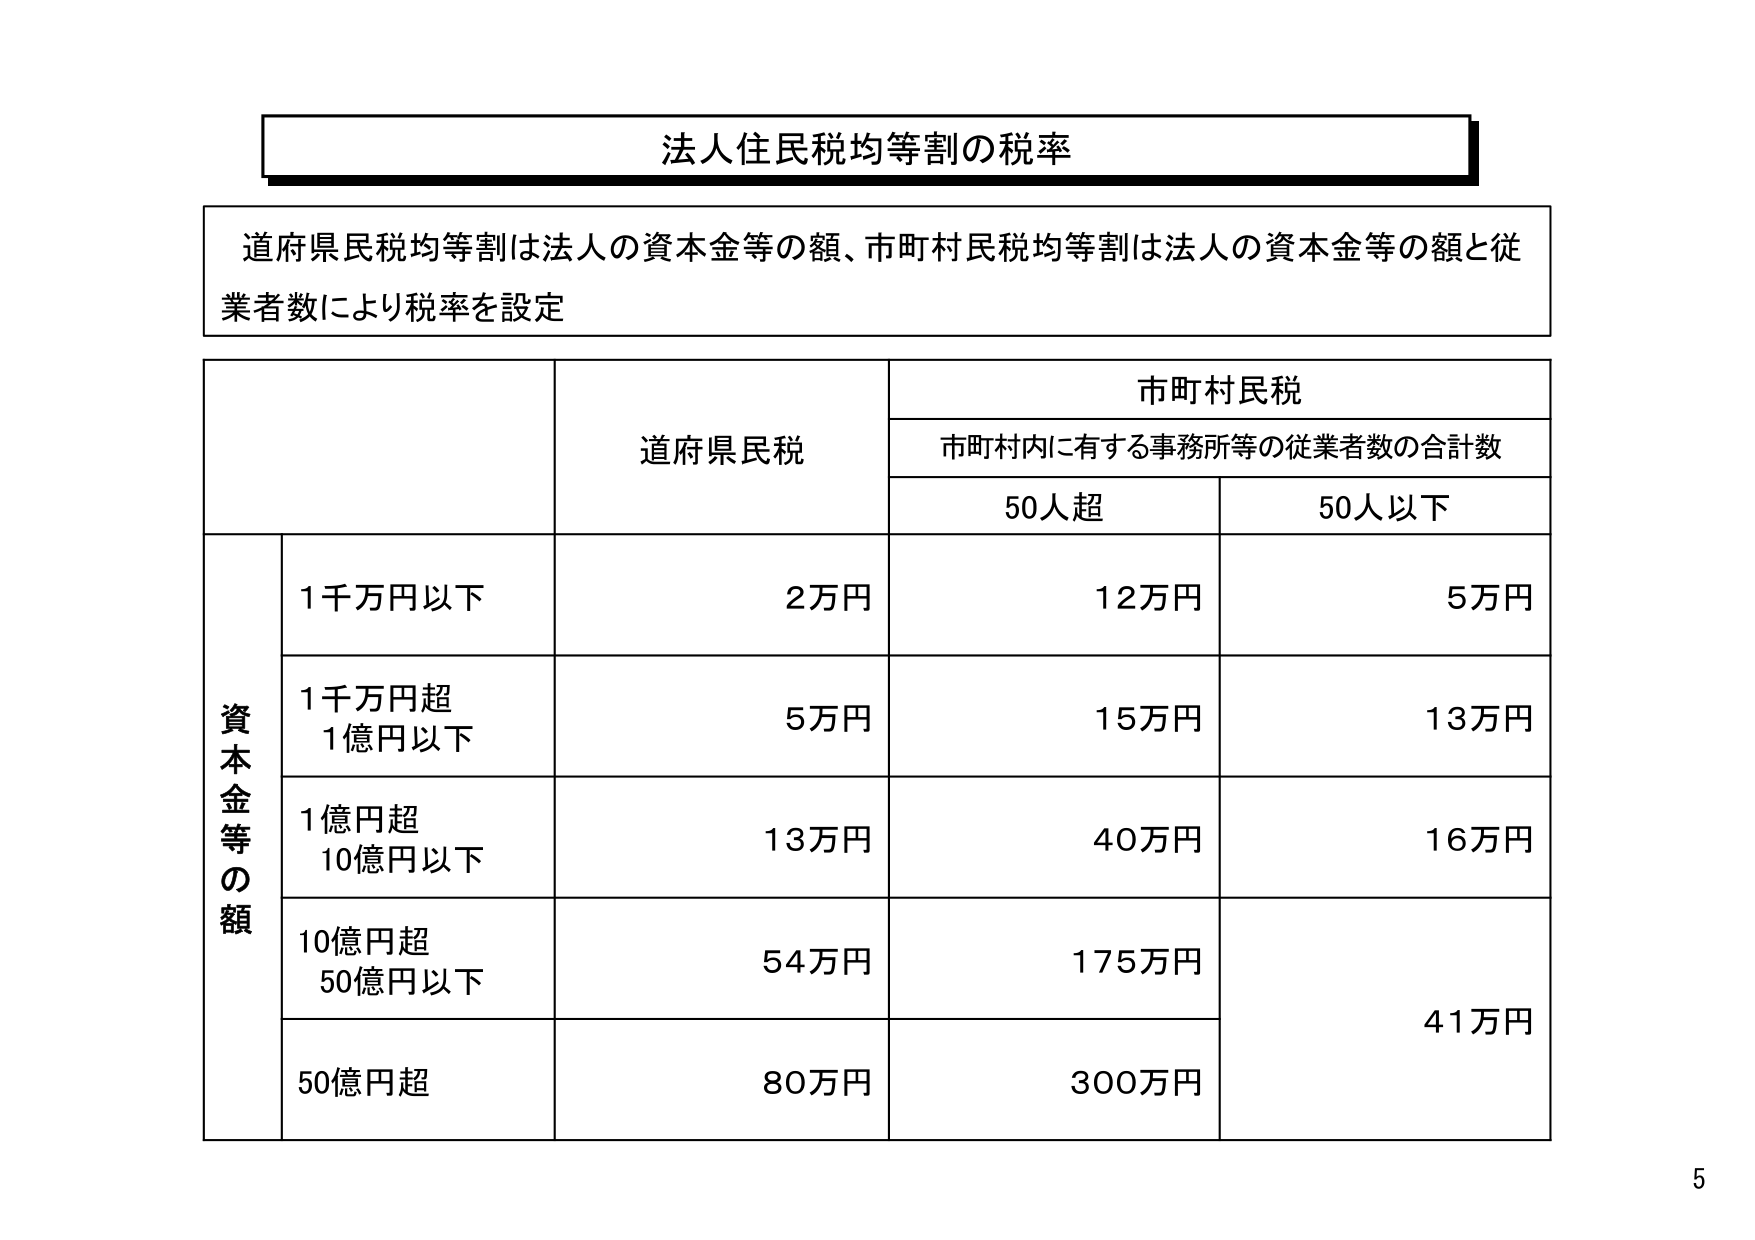
法人住民税均等割の税率

道府県民税均等割は法人の資本金等の額、市町村民税均等割は法人の資本金等の額と従業者数により税率を設定

資本金等の額
1千万円以下
1千万円超
1億円以下
1億円超
10億円以下
10億円超
50億円以下
50億円超

道府県民税
2万円
5万円
13万円
54万円
80万円

市町村民税
市町村内に有する事務所等の従業者数の合計数
50人超
50人以下
12万円
5万円
15万円
13万円
40万円
16万円
175万円
41万円
300万円

5